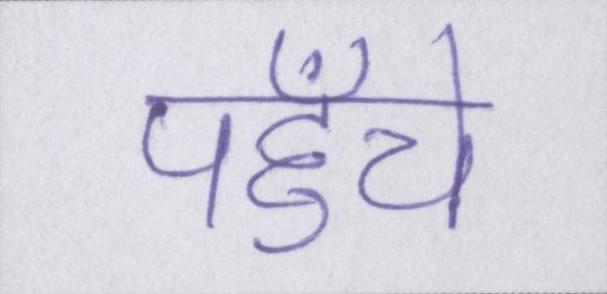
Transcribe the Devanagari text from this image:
पहुँचे